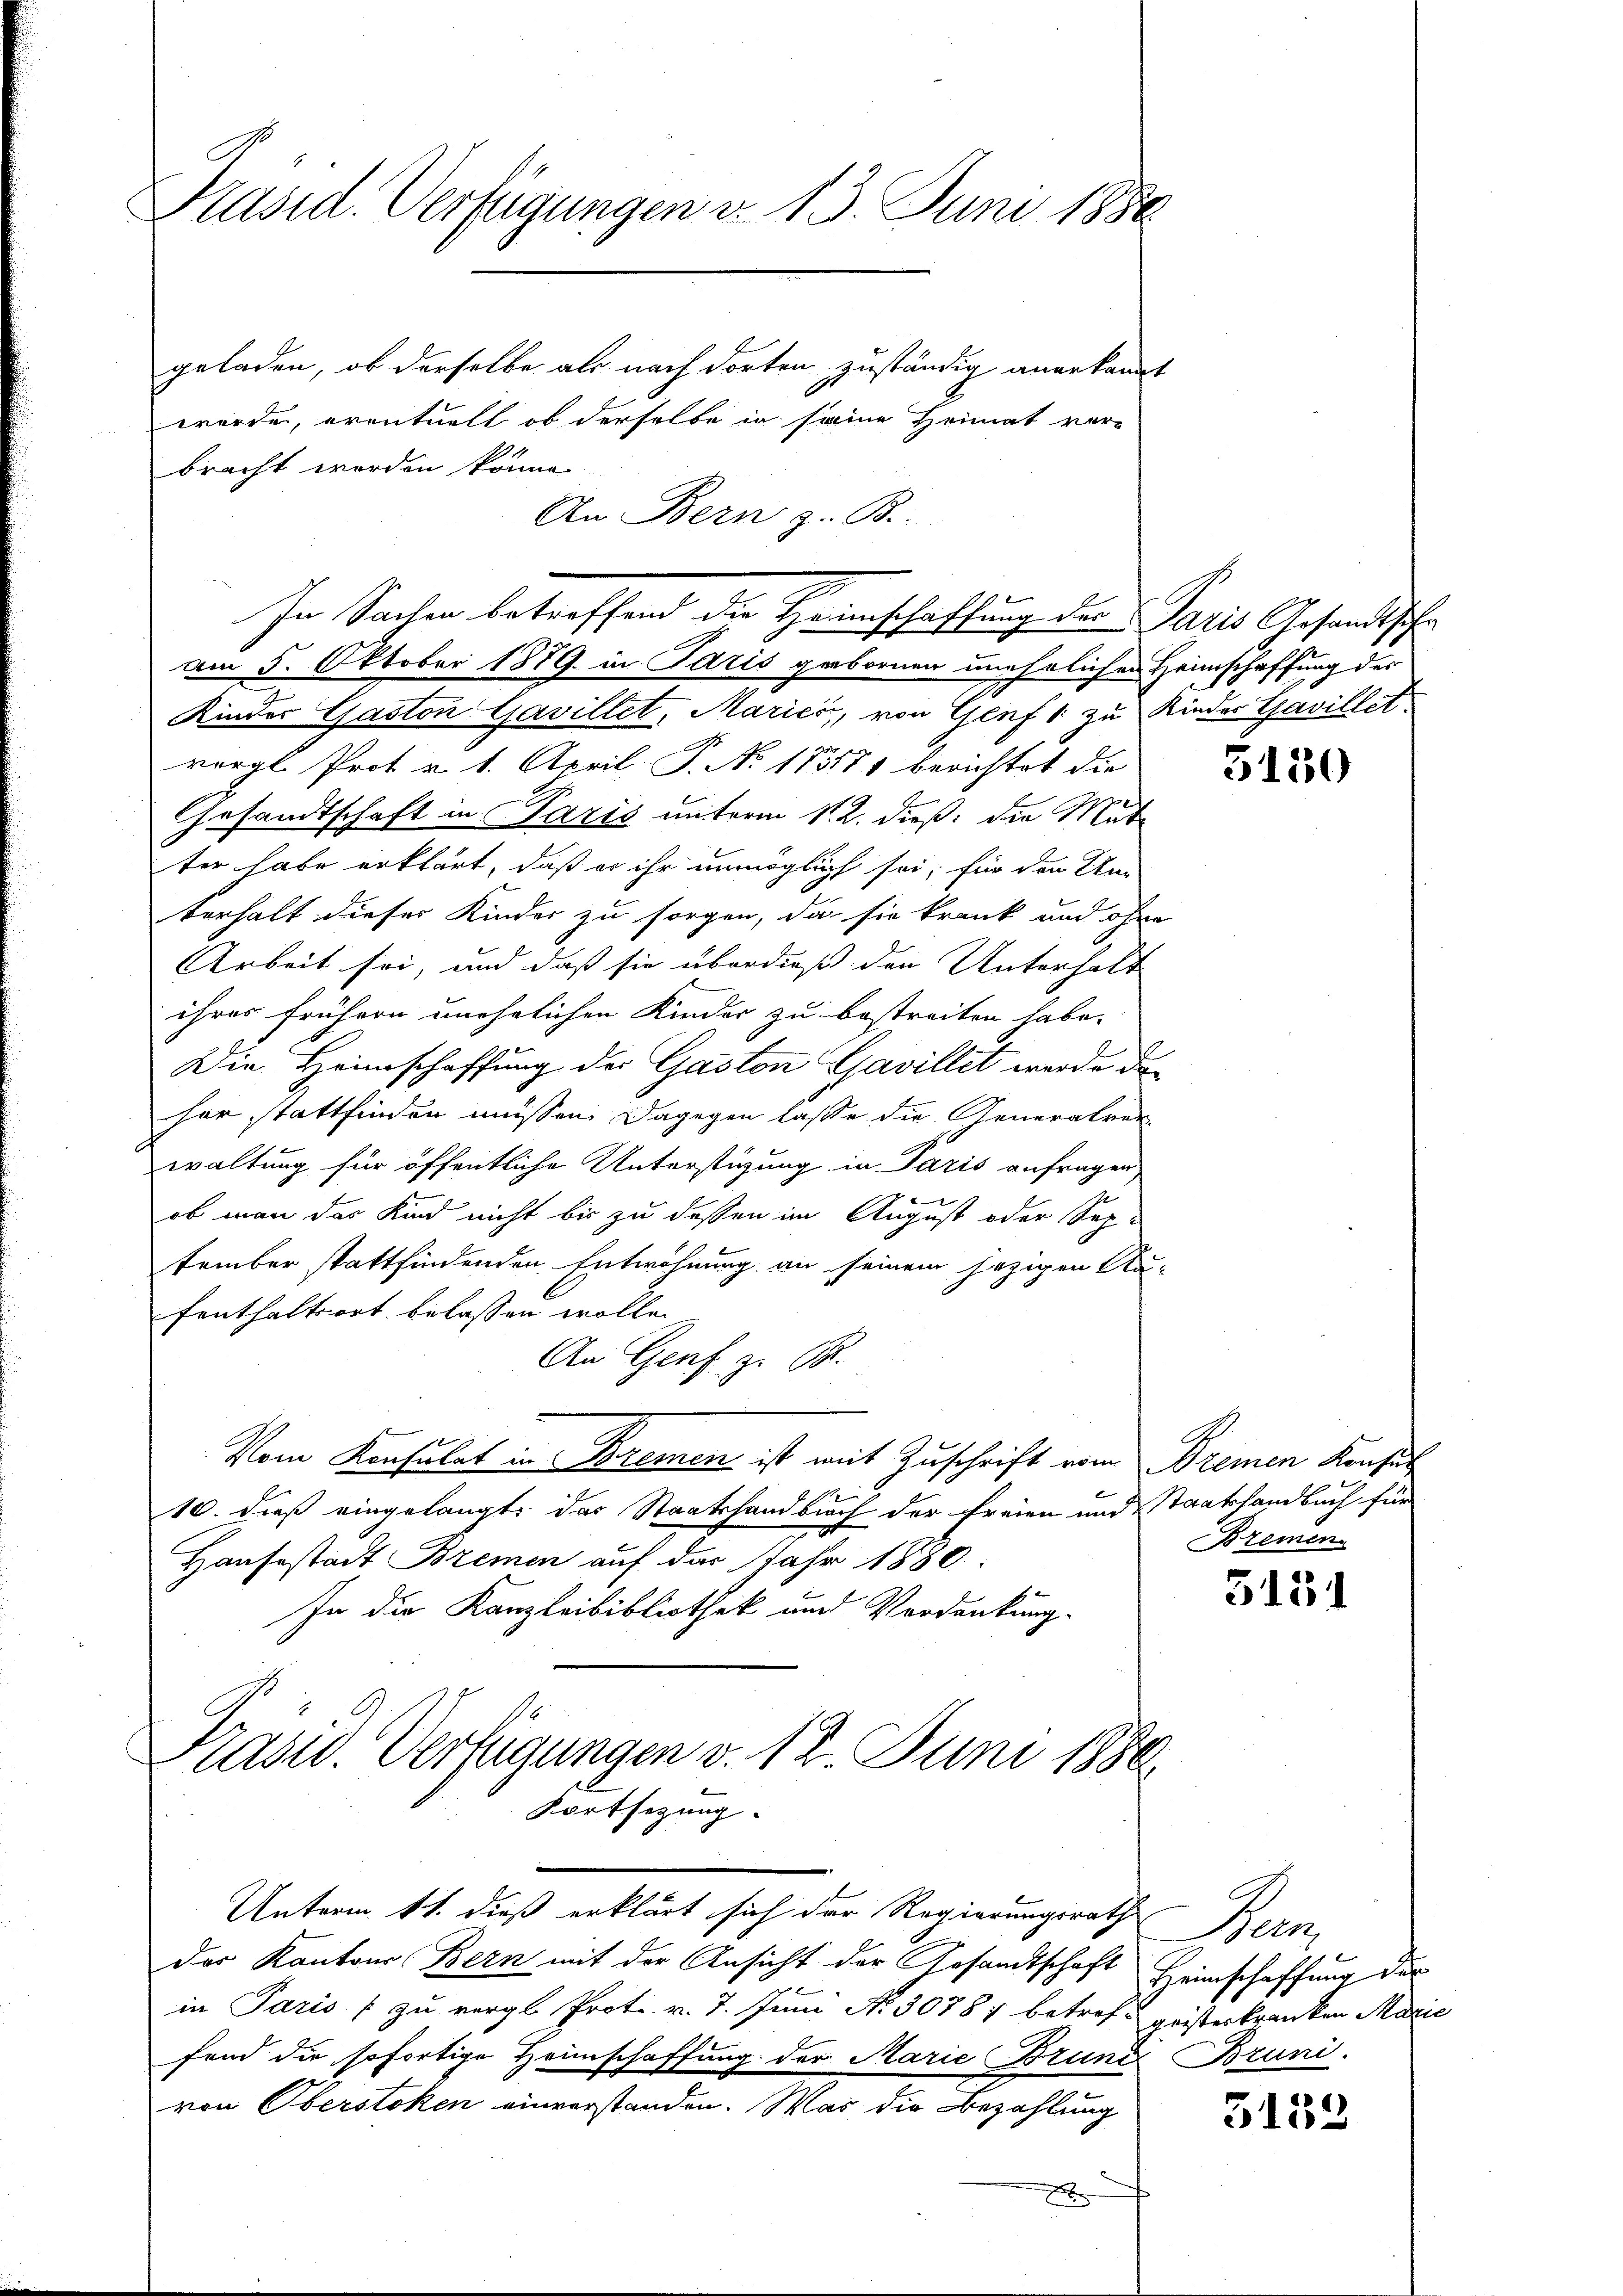
Präsid. Verfügungen d. 13. Juni 1880

geladen, ob derselbe als nach dorten zuständig anerkannt
wurde, eventuell ob derselbe in seine Heimat vorbracht worden könne
An Bern z. B.
Kinder Gaston Gavillet, Maries, von Genf 1 zu Kinder Tavillet
vergl. Prot v. 1. April P. Nr. 183181 berichtet die
Gesandtschaft in Paris unterm 1. 2. dieß: die Mutter habe erklärt, daß er ihr unmöglich sei; für den Um-
terhalt dieser Kinder zu sorgen, da sie krank und ohne
Arbeit sei, und daß sie überdieß den Unterhalt
ihres frühern unehelichen Kinder zu bestreiten habe. |
Die Heimschaffung des Gaston Gjavillet werde de
her stattfinden müssen. Dagegen lasse die Generalver-
waltung für öffentliche Unterstüzung in Paris anfragen
ob man das Kind nicht bis zu dessen im August oder Sep-
tember stattfindenden Entwöhnung an seinem jezigen Na-
fenthaltsort belassen wolle.
An Genf z. 66.
Vom Konsulat in Kremen ist mit Zuschrift vom Bremen Konsul
10. dieß eingelangt, das Staatshandbuch der Freien und Staatsfandbuch für
Hausestadt Bremen auf das Jahr 1880.
In die Kanzleibibliothek und Verdankung.
Pasid. Verfügungen v. 18. Juni 1886.
Fortsezung.

In Sachen betreffend die Haunschaffung der Paris Gesandtsche
am 5. Oktober 1889. in Paris gebornen unehrlichen Heimschaffung der

Unterm 11. dieß erklärt sich der Regierungsrath Bern,
der Kantons Bern mit der Ansicht der Gesandtschaft Heimschaffung des
in Paris zu vergl. Prot. v. 7. Juni No 30787 betreff Verkranken Marie
fend die sofortige Heimschaffung der Marie Brund Bruni-
von Oberstoken einverstanden. Was die Bezahlung
x

5150

Bremen

5151

5153